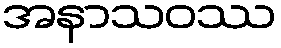
အနာသဝဿ